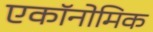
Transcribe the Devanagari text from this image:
एकॉनोमिक